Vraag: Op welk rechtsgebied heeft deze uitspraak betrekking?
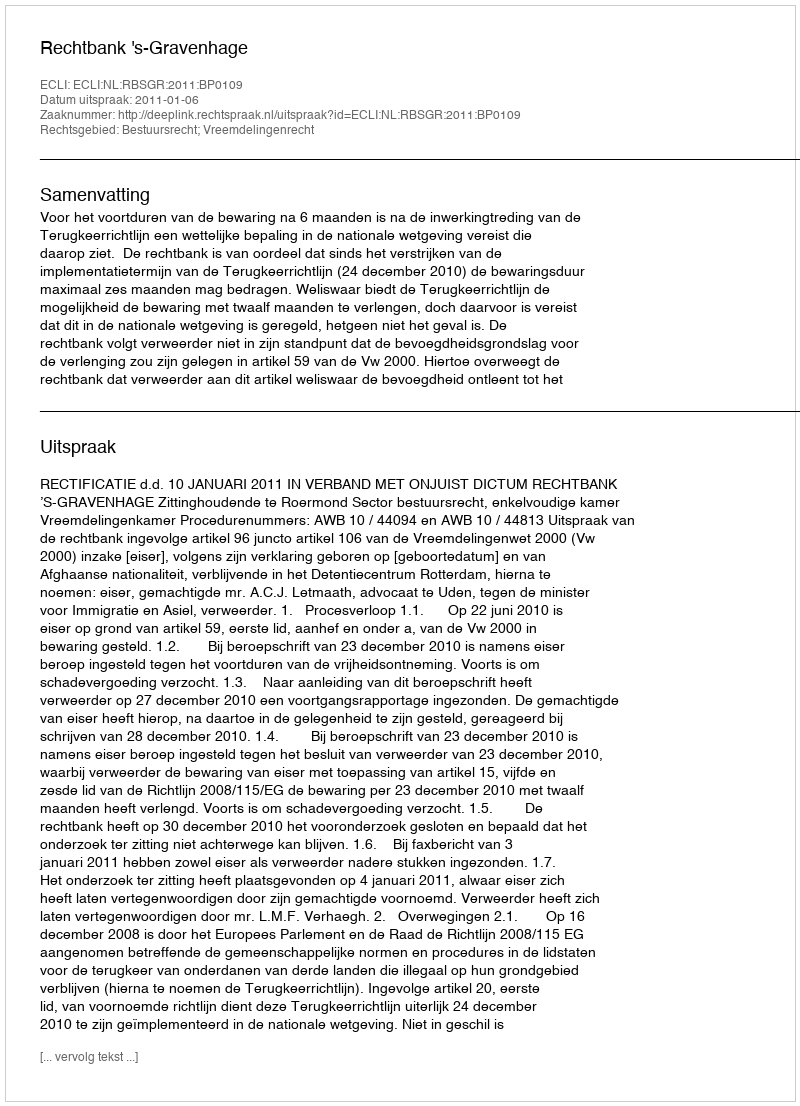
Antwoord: Bestuursrecht; Vreemdelingenrecht